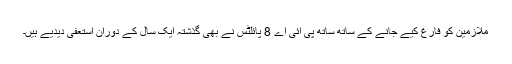
ملازمین کو فارغ کیے جانے کے ساتھ ساتھ پی آئی اے 8 پائلٹس نے بھی گذشتہ ایک سال کے دوران استعفی دیدیے ہیں۔